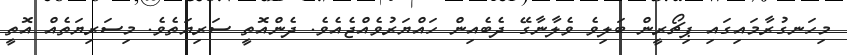
މިހަނގުރާމައިގައި ޕިޗޯރީން ބަލިވެ ވެލާނާގޭ ދެބެއިން ހައްޔަރުވެއްޖެއެވެ. ދެންއޮތީ ސަރިޔަތެވެ. މިސަރިޔަތެއް އޮތީ